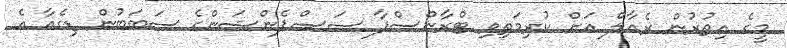
މީގެ އިތުރުން ރެއާލް އަށް ކުރިމަތިވި ޓްރާންސްފާ ސަސްޕެންޝަންގެ ސަބަބުން ޑިގެއާ އެ